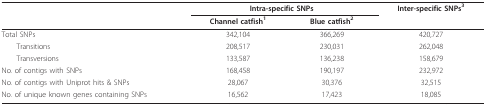
<table><thead><tr><td></td><td colspan="2"><b>Intra-specific SNPs</b></td><td><b>Inter-specific SNPs<sup>3</sup></b></td></tr><tr><td></td><td><b>Channel catfish<sup>1</sup></b></td><td><b>Blue catfish<sup>2</sup></b></td><td></td></tr></thead><tbody><tr><td>Total SNPs</td><td>342,104</td><td>366,269</td><td>420,727</td></tr><tr><td> Transitions</td><td>208,517</td><td>230,031</td><td>262,048</td></tr><tr><td> Transversions</td><td>133,587</td><td>136,238</td><td>158,679</td></tr><tr><td>No. of contigs with SNPs</td><td>168,458</td><td>190,197</td><td>232,972</td></tr><tr><td>No. of contigs with Uniprot hits &amp; SNPs</td><td>28,067</td><td>30,376</td><td>32,515</td></tr><tr><td>No. of unique known genes containing SNPs</td><td>16,562</td><td>17,423</td><td>18,085</td></tr></tbody></table>